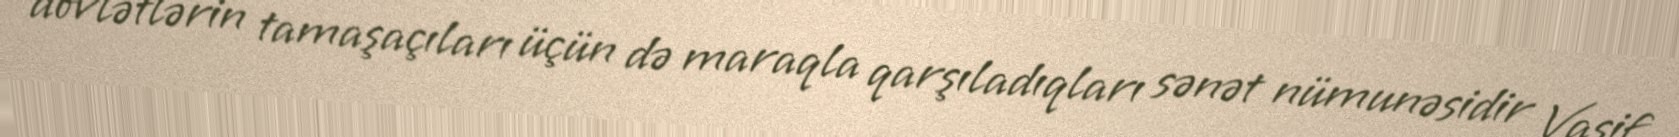
dövlətlərin tamaşaçıları üçün də maraqla qarşıladıqları sənət nümunəsidir Vasif